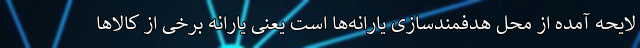
لایحه آمده از محل هدفمندسازی یارانه‌ها است یعنی یارانه برخی از کالا‌ها